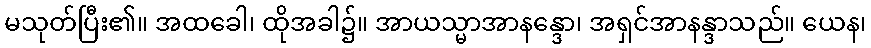
မသုတ်ပြီး၏။ အထခေါ၊ ထိုအခါ၌။ အာယသ္မာအာနန္ဒော၊ အရှင်အာနန္ဒာသည်။ ယေန၊